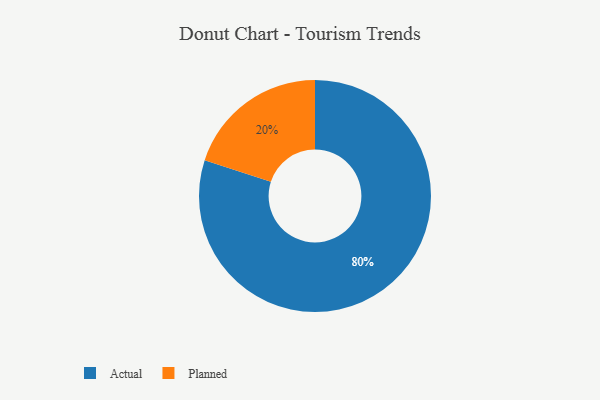
{"axis": {"x": "Category", "y": "Percentage"}, "legend": ["Actual", "Planned"], "data": [{"x": "Planned", "y": 20, "type": "Planned"}, {"x": "Actual", "y": 80, "type": "Actual"}]}